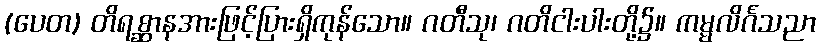
(ပေတ) တိရစ္ဆာနအားဖြင့်ပြားရှိကုန်သော။ ဂတီသု၊ ဂတိငါးပါးတို့၌။ ကမ္မလိင်္ဂသညာ